system: You are a helpful assistant.
user:
Analyze the provided spectrum to determine if it is a **M-type Giant (gM)**.

A M-type Giant spectrum is defined by its **strong molecular absorption** features, particularly from **Titanium Oxide (TiO)**. You must check for one of the following mutually exclusive signatures:

- **Key Visual Indicators (Absorption-Dominated Spectrum):**

    - **(Primary):** The spectrum is dominated by strong molecular absorption from **Titanium Oxide (TiO)**. This is the **defining feature** of its M-type temperature class.
        - **(Key Bandheads):** Look for sharp, "saw-tooth" absorption valleys. The strongest are located near **~7050 Å**, **~6160 Å**, and **~5170 Å**.
        - **(Line Profile):** The "saw-tooth" morphology is critical: a **sharp, steep drop on the BLUE (short-wavelength) side** of the bandhead, followed by a gradual recovery (rising flux) towards the RED (long-wavelength) side.

    - **(Key Confirmation - Giant vs. Dwarf):** **ABSENCE** of strong **Calcium Hydride (CaH)** molecular bands. This is the primary diagnostic for *excluding* M-dwarfs.
        - **(Key Region):** The spectrum should lack the strong, broad absorption band seen in dwarfs between **~6800 Å and ~7000 Å**.

    - **(Secondary Confirmation - Giant):** A very strong and broad **Neutral Calcium (Ca I)** atomic absorption line.
        - **(Key Line):** Located at **~4226 Å**. In a giant (gM), this line is significantly deeper and broader than the same line in an M-dwarf (dM) due to low surface gravity.

    - **(Overall Spectrum):**
        - The continuum is **extremely red-sloping** (i.e., flux is very low in the blue and rises dramatically towards the red).
        - The entire spectrum appears "chopped up" by the deep TiO bands.

Think first, call **spectral_visualization_tool** if needed to examine features in detail, then provide your final answer. Your response must adhere to the following strict rules:
1.  **Overall Structure:** Your response must follow the format `<think>...</think> <tool_call>...</tool_call> (if a tool is used) <answer>...</answer>`.
2.  **Tool Usage Constraint:** You may only make **one** tool call per turn.
3.  **Final Answer Format:** In the `<answer>` tag, your conclusion must be inside a `\boxed{}` command (e.g., `\boxed{YES}` or `\boxed{NO}`), followed by your justification.

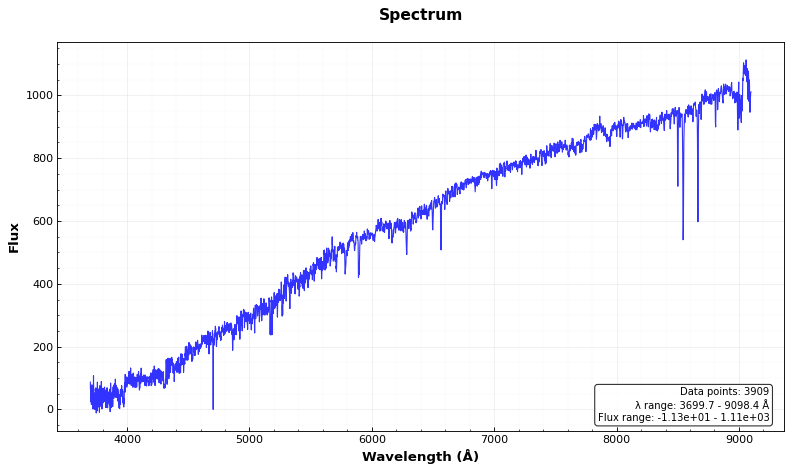
Answer: NO